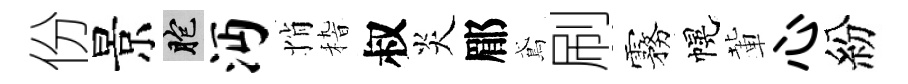
份景胞沔悄𥟵叔炎郿鳶刷霧幌輩心紛